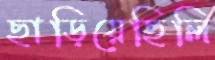
ছাড়িয়েছিলি